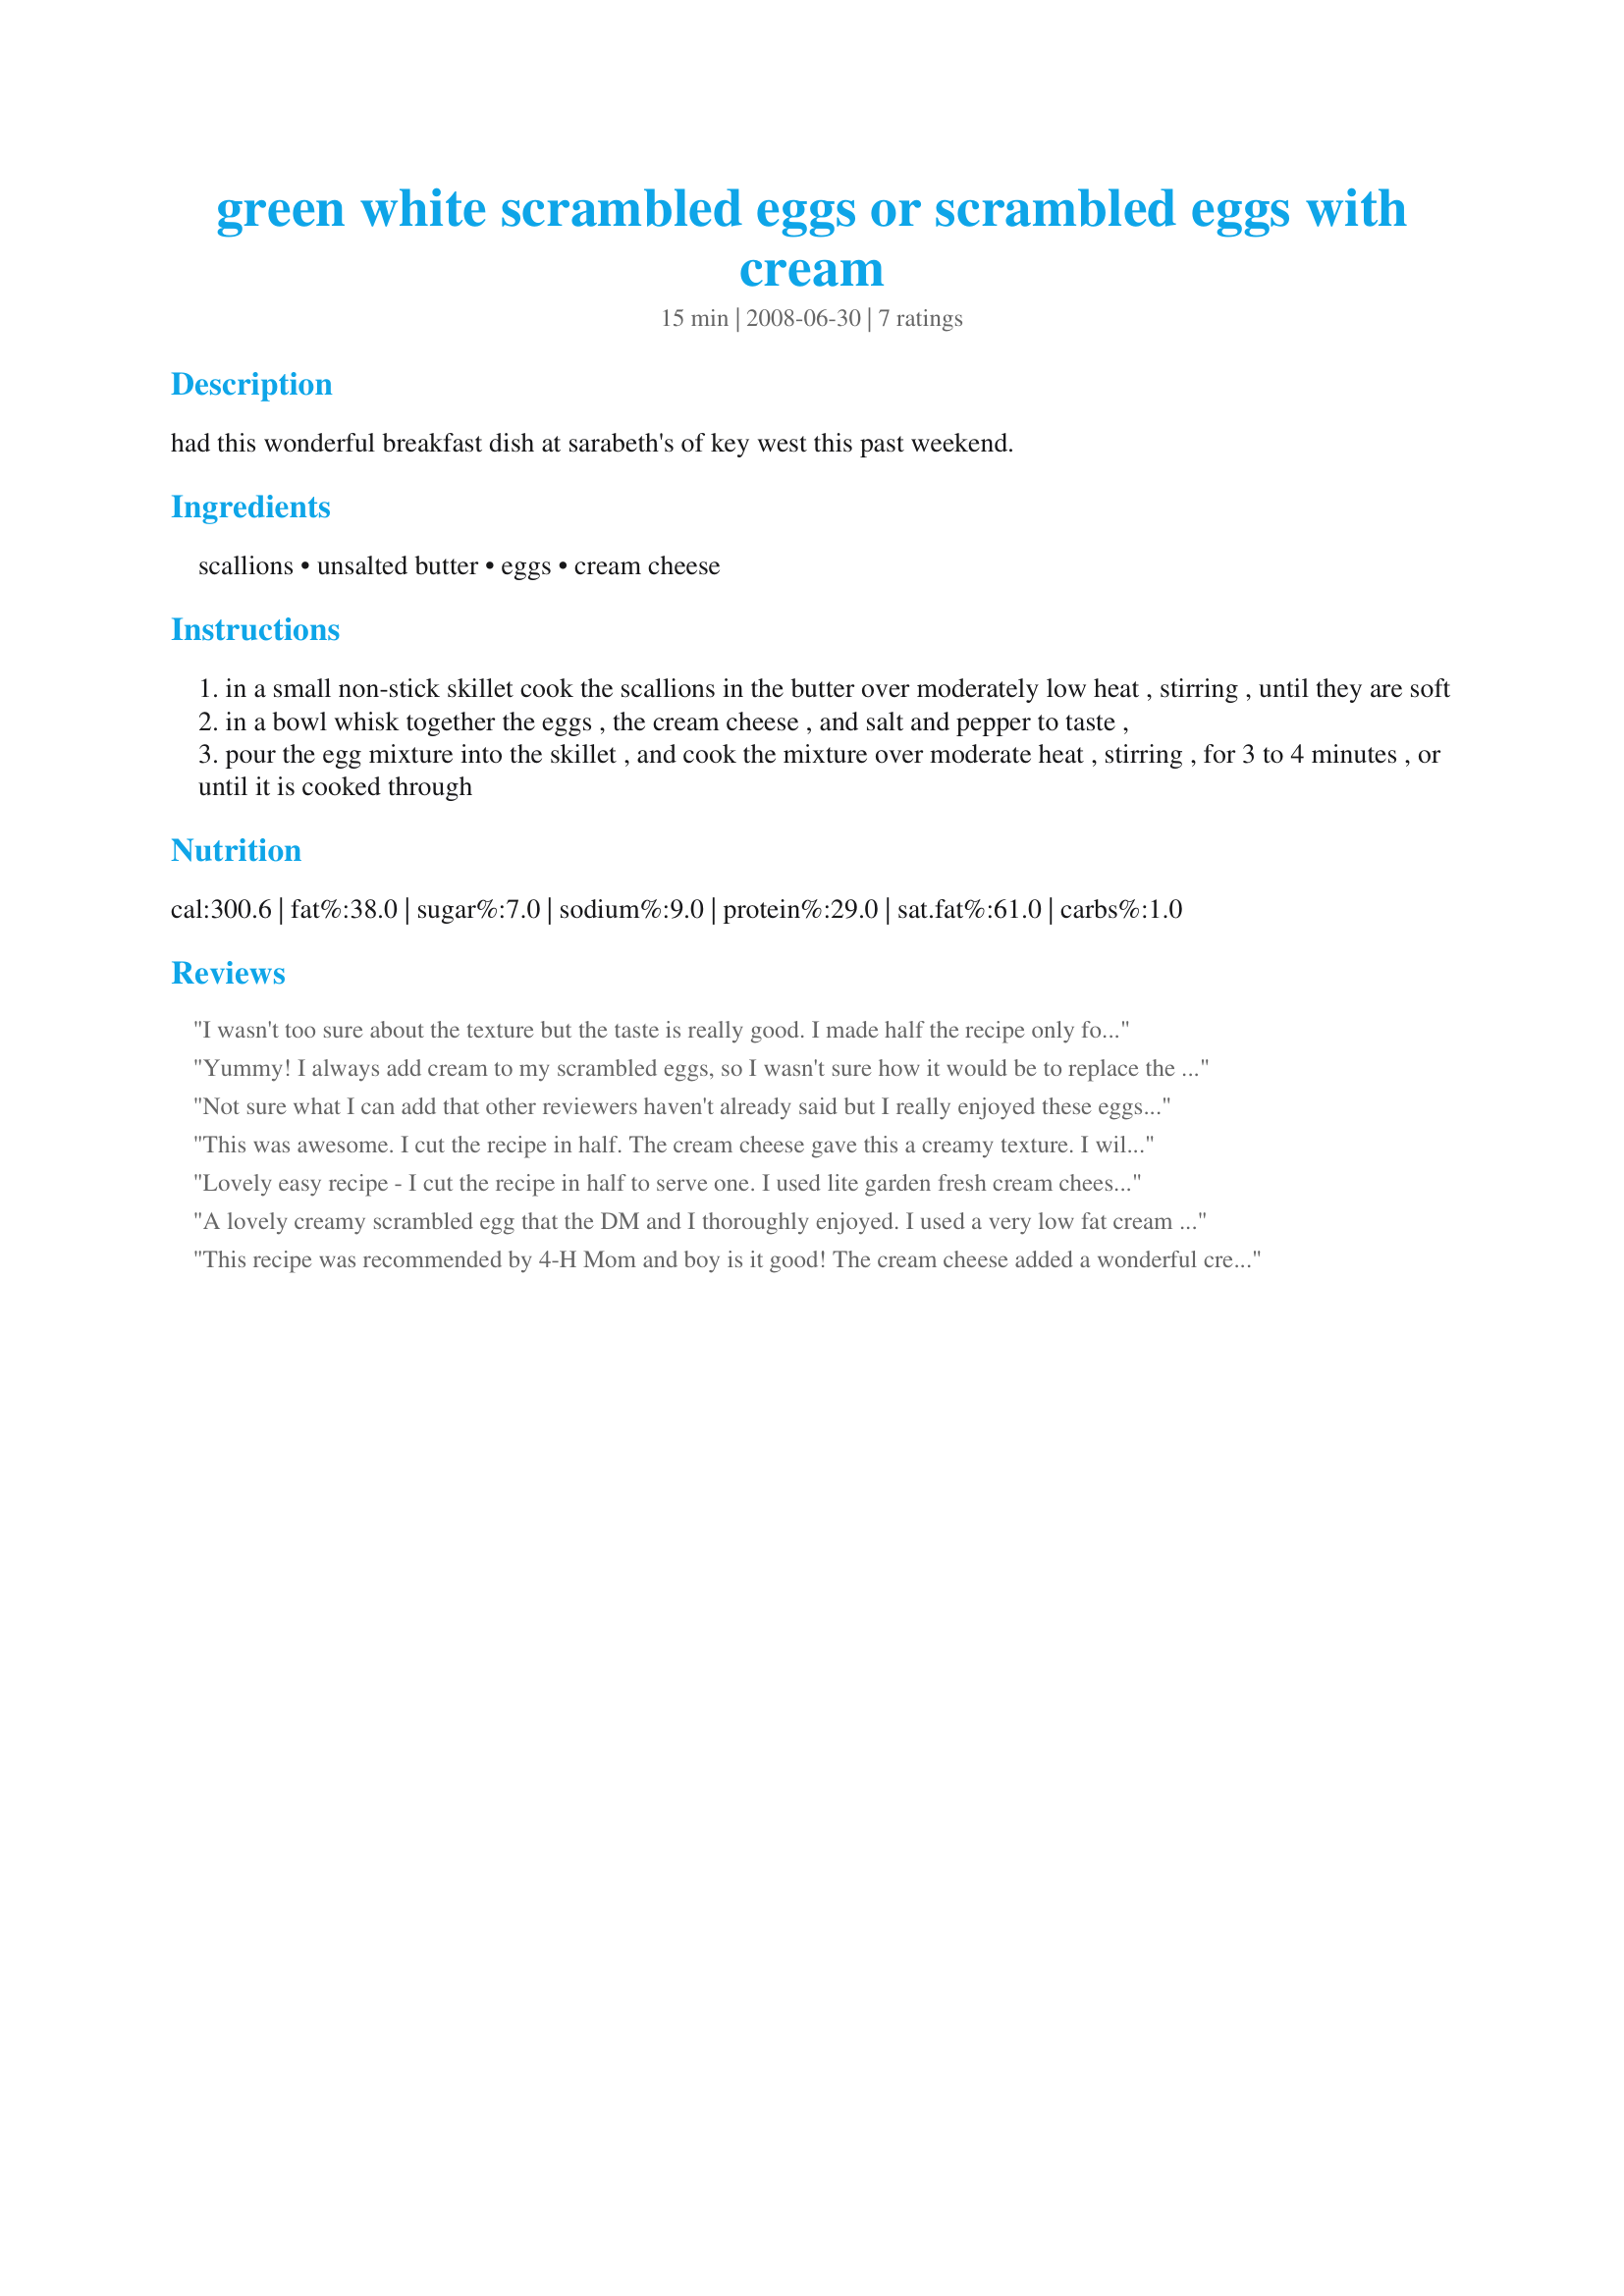
green white scrambled eggs or scrambled eggs with cream
Preparation time: 15 minutes

had this wonderful breakfast dish at sarabeth's of key west this past weekend.

Ingredients:
scallions, unsalted butter, eggs, cream cheese

Steps:
in a small non-stick skillet cook the scallions in the butter over moderately low heat , stirring , until they are soft
in a bowl whisk together the eggs , the cream cheese , and salt and pepper to taste ,
pour the egg mixture into the skillet , and cook the mixture over moderate heat , stirring , for 3 to 4 minutes , or until it is cooked through

Reviews:
I wasn't too sure about the texture but the taste is really good. I made half the recipe only for me. Thanks Karina :) Made for I recommend tag game
Yummy! I always add cream to my scrambled eggs, so I wasn't sure how it would be to replace the cream with the cream cheese. We were really surprised at the creaminess the cream cheese added to the texture of the eggs...we loved it! The scallions were a nice addition that added to the wonderful flavor of the eggs. I served this topped with salsa. Thank you for sharing this wonderful, easy recipe...it is a keeper.
*Made for I Recommend Tag*
Not sure what I can add that other reviewers haven't already said but I really enjoyed these eggs. Very cream and I loved the scallions in the eggs for a little surprise crunch every now and then. Thanks Karina A for sharing. Made for I Recommend Tag.
This was awesome. I cut the recipe in half. The cream cheese gave this a creamy texture. I will be making this again.
Lovely easy recipe - I cut the recipe in half to serve one. I used lite garden fresh cream cheese and I was amazed how 1 tbsp enhanced the flavor of the eggs - Definitiely a do again recipe
A lovely creamy scrambled egg that the DM and I thoroughly enjoyed. I used a very low fat cream cheese but only one scallion (spring onion as it was a large one) and served with hot buttered wholemeal/wholegrain toast. Thank you Karina A for the recipe and for 4H Mom recommending it in I Recommend Tag Game.
This recipe was recommended by 4-H Mom and boy is it good! The cream cheese added a wonderful creaminess to the eggs and the green onions put it over the top. All it needed was a sprinkle of salt & black pepper. Thanks for sharing the recipe. :)
